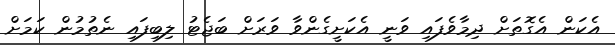
އެކަން އެގޮތަށް ދިމާވެފައި ވަނީ އެކަށީގެންވާ ވަރަށް ބަޖެޓު ލިބިފައި ނެތުމުން ކަމަށް